Materia medica of Madras volume I
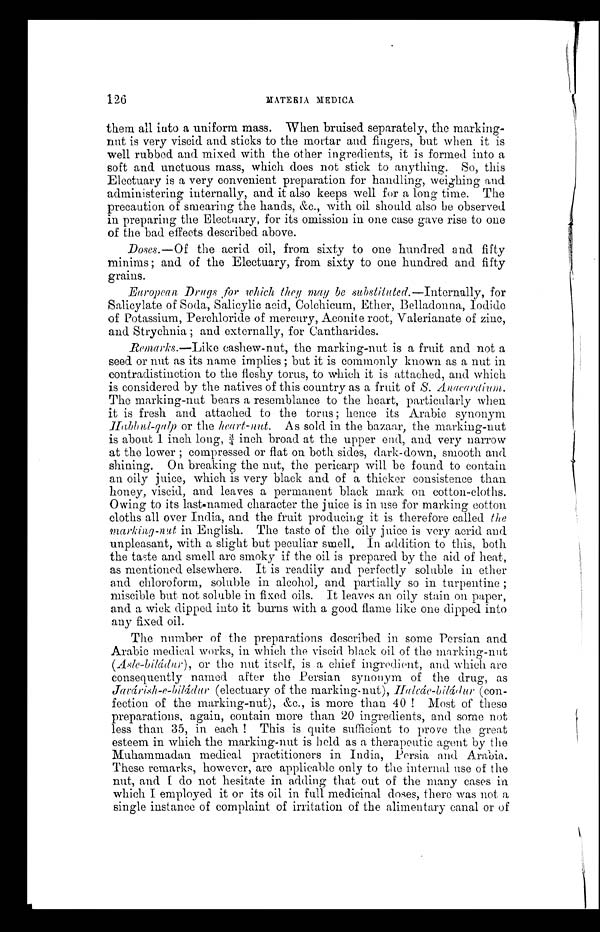
126
MATERIA MEDICA
them all into a uniform mass. When bruised separately, the marking-
nut is very viscid and sticks to the mortar and fingers, but when it is
well rubbed and mixed with the other ingredients, it is formed into a
soft and unctuous mass, which does not stick to anything. So, this
Electuary is a very convenient preparation for handling, weighing and
administering internally, and it also keeps well for a long time. The
precaution of smearing the hands, &c., with oil should also be observed
in preparing the Electuary, for its omission in one case gave rise to one
of the bad effects described above.
Doses.— Of the acrid oil, from sixty to one hundred and fifty
minims ; and of the Electuary, from sixty to one hundred. and fifty
grains.
European Drugs for which they may be substituted.— Internally, for
Salicylate of Soda, Salicylic acid, Colchicum, Ether, Belladonna, Iodide
of Potassium, Perchloride of mercury, Aconite root, Valerianate of zinc,
and Strychnia ; and externally, for Cantharides.
Remarks.—Like
cashew-nut, the marking-nut is a fruit and not a
seed or nut as its name implies ; but it is commonly known as a nut in
contradistinction to the fleshy torus, to which it is attached, and which
is considered by the natives of this country as a fruit of S. Anacardium.
The marking-nut bears a resemblance to the heart, particularly when
it is fresh and attached to the torus ; hence its Arabic synonym
IIa bbal-qalp or the heart-nut. As sold in the bazaar, the marking-nut
i s about 1 i nch l ong, 3/4 i nch broad at the upper end, and very narrow
at the lower ; compressed or flat on both sides, dark-down, smooth and
shining. On breaking the nut, the pericarp will be found to contain
an oily juice, which is very black and of a thicker consistence than
honey, viscid, and leaves a permanent black mark on cotton-cloths.
Owing to its last named character the juice is in use for marking cotton
cloths all over India, and the fruit producing it is therefore called the
marking-nut in English. The taste of the oily juice is very acrid and
unpleasant, with a slight but peculiar smell. In addition to this, both
the taste and smell are smoky if the oil is prepared by the aid of heat,
as mentioned elsewhere. It is readily and perfectly soluble in ether
and chloroform, soluble in alcohol, and partially so in turpentine ;
miscible but not soluble in fixed oils. It leaves an oily stain on paper,
and a wick dipped into it burns with a good flame like one dipped into
any fixed oil.
The number of the preparations described in some Persian and
Arabic medical works, in which the viscid black oil of the marking-nut
(Aslc-biládur ) , or the nut itself, is a chief ingredient, and which are
consequently named after the Persian synonym of the drug, as
Javárish-e-biládur (electuary of the marking-nut), II alcác-biládur (con-
fection of the marking-nut), &c., is more than 40 ! Most of these
preparations, again, contain more than 20 ingredients, and some not
less than 35, in each ! This is quite sufficient to prove the great
esteem in which the marking-nut is held as a therapeutic agent by the
Muhammadan medical practitioners in India, Persia and Ar
a b i a . T h e s e r e m a r k s , h o w e v e r , a r e a p p l i c a b l e o n l y t o t h e i n t e r n a l u s e o f t h e
n u t , a n d I d o n o t h e s i t a t e i n a d d i n g t h a t o u t o f t h e ma n y c a s e s i n
which I employed it or its oil in full medicinal doses, there was not a
single instance of complaint of irritation of the alimentary canal or of